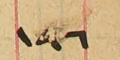
١٩٦